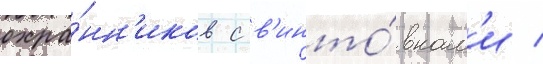
охра́нн'иков с в'инто́вкам'и /